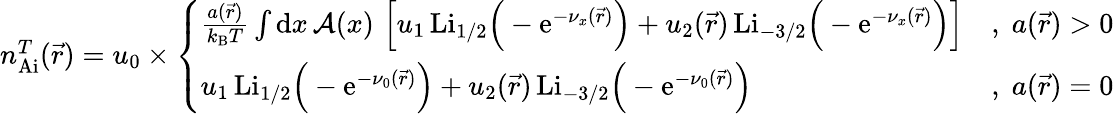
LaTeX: \begin{array}{r}{n_{\mathrm{Ai}}^{T}(\vec{r})=u_{0}\times\left\{ \begin{array}{ll}{\frac{a(\vec{r})}{k_{\mathrm{B}}T}\int\mathrm{d}x\, \mathcal{A}(x)\, \left[u_{1}\, \mathrm{Li}_{1/2}\Big(-\mathrm{e}^{-\nu_{x}(\vec{r})}\Big)+u_{2}(\vec{r})\, \mathrm{Li}_{-3/2}\Big(-\mathrm{e}^{-\nu_{x}(\vec{r})}\Big)\right]}&{,\; a(\vec{r})>0}\\ {u_{1}\, \mathrm{Li}_{1/2}\Big(-\mathrm{e}^{-\nu_{0}(\vec{r})}\Big)+u_{2}(\vec{r})\, \mathrm{Li}_{-3/2}\Big(-\mathrm{e}^{-\nu_{0}(\vec{r})}\Big)}&{,\; a(\vec{r})=0}\end{array}\right.}\end{array}